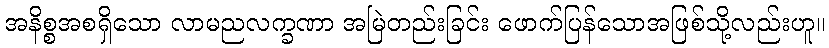
အနိစ္စအစရှိသော လာမညလက္ခဏာ အမြဲတည်းခြင်း ဖောက်ပြန်သောအဖြစ်သို့လည်းဟူ။